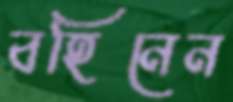
বহিনেন